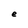
Character: e